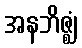
အနဘိဇ္ဈံ